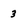
Character: 3